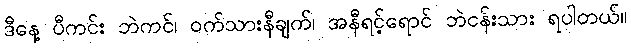
ဒီနေ့ ပီကင်း ဘဲကင်၊ ဝက်သားနီချက်၊ အနီရင့်ရောင် ဘဲငန်းသား ရပါတယ်။